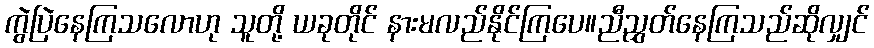
ကွဲပြဲနေကြသလောဟု သူတို့ ယခုတိုင် နားမလည်နိုင်ကြပေ။ညီညွှတ်နေကြသည်ဆိုလျှင်